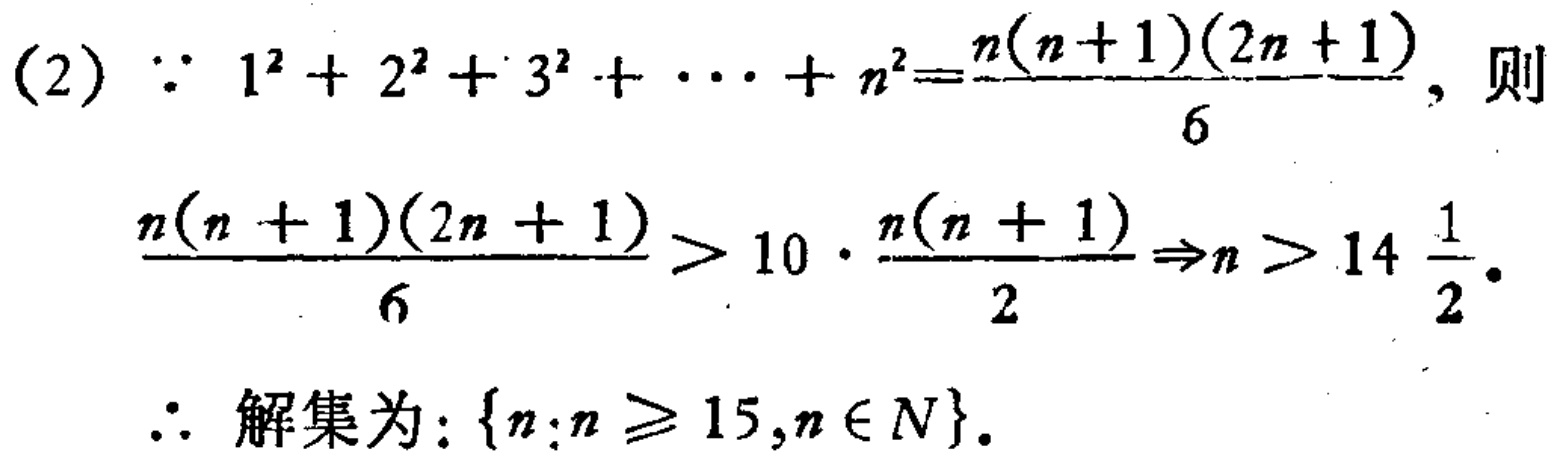
(2) $\because 1^{2}+2^{2}+3^{2}+\cdots +n^{2}=\frac{n(n + 1)(2n + 1)}{6}$, 则
$\frac{n(n + 1)(2n + 1)}{6}>10\cdot\frac{n(n + 1)}{2}\Rightarrow n>14\frac{1}{2}$.
$\therefore$ 解集为: $\{n:n\geqslant 15,n\in N\}$.